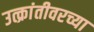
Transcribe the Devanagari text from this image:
उत्क्रांतीवरच्या